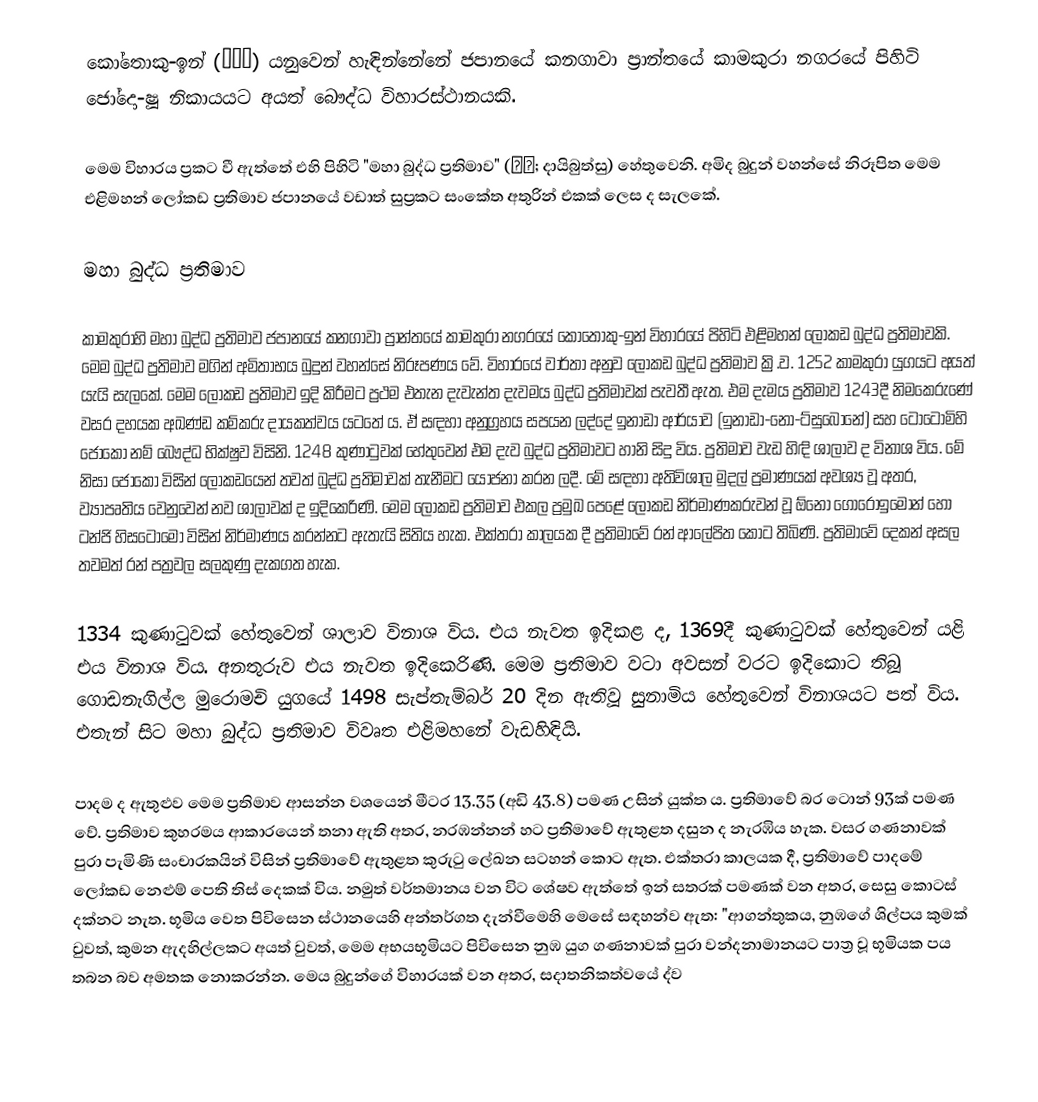
කෝතොකු-ඉන් (高徳院) යනුවෙන් හැඳින්නේනේ ජපානයේ කනගාවා ප්‍රාන්තයේ කාමකුරා නගරයේ පිහිටි ජෝදො-ෂූ නිකායයට අයත් බෞද්ධ විහාරස්ථානයකි.

මෙම විහාරය ප්‍රකට වී ඇත්තේ එහි පිහිටි "මහා බුද්ධ ප්‍රතිමාව" (大仏; දායිබුත්සු) හේතුවෙනි. අමිද බුදුන් වහන්සේ නිරූපිත මෙම එළිමහන් ලෝකඩ ප්‍රතිමාව ජපානයේ වඩාත් සුප්‍රකට සංකේත අතුරින් එකක් ලෙස ද සැලකේ.

මහා බුද්ධ ප්‍රතිමාව

කාමකුරාහි මහා බුද්ධ ප්‍රතිමාව ජපානයේ කනගාවා ප්‍රාන්තයේ කාමකුරා නගරයේ කෝතොකු-ඉන් විහාරයේ පිහිටි එළිමහන් ලෝකඩ බුද්ධ ප්‍රතිමාවකි. මෙම බුද්ධ ප්‍රතිමාව මගින් අමිතාභය බුදුන් වහන්සේ නිරූපණය වේ. විහාරයේ වාර්තා අනුව ලෝකඩ බුද්ධ ප්‍රතිමාව ක්‍රි.ව. 1252 කාමකුරා යුගයට අයත් යැයි සැලකේ. මෙම ලෝකඩ ප්‍රතිමාව ඉදි කිරීමට ප්‍රථම එතැන දැවැන්ත දැවමය බුද්ධ ප්‍රතිමාවක් පැවතී ඇත. එම දැමය ප්‍රතිමාව 1243දී නිමකෙරුණේ වසර දහයක අඛණ්ඩ කම්කරු දායකත්වය යටතේ ය. ඒ සඳහා අනුග්‍රහය සපයන ලද්දේ ඉනාඩා ආර්යාව (ඉනාඩා-නෝ-ට්සුබොනේ) සහ ටෝටෝමිහි ජෝකෝ නම් බෞද්ධ භික්ෂුව විසිනි. 1248 කුණාටුවක් හේතුවෙන් එම දැව බුද්ධ ප්‍රතිමාවට හානි සිදු විය. ප්‍රතිමාව වැඩ හිඳි ශාලාව ද විනාශ විය. මේ නිසා ජෝකෝ විසින් ලෝකඩයෙන් තවත් බුද්ධ ප්‍රතිමාවක් තැනීමට යෝජනා කරන ලදී. මේ සඳහා අතිවිශාල මුදල් ප්‍රමාණයක් අවශ්‍ය වූ අතර, ව්‍යාපෘතිය වෙනුවෙන් නව ශාලාවක් ද ඉදිකෙරිණි. මෙම ලෝකඩ ප්‍රතිමාව එකල ප්‍රමුඛ පෙ‍ළේ ලෝකඩ නිර්මාණකරුවන් වූ ඕනො ගොරෝඉමොන් හෝ ටන්ජි හිසටොමෝ විසින් නිර්මාණය කරන්නට ඇතැයි සිතිය හැක. එක්තරා කාලයක දී ප්‍රතිමාවේ රන් ආලේපිත කොට තිබිණි. ප්‍රතිමාවේ දෙකන් අසල තවමත් රන් පත්‍රවල සලකුණු දැකගත හැක.

1334 කුණාටුවක් හේතුවෙන් ශාලාව විනාශ විය. එය නැවත ඉදිකළ ද, 1369දී කුණාටුවක් හේතුවෙන් යළි එය විනාශ විය. අනතුරුව එය නැවත ඉදිකෙරිණි. මෙම ප්‍රතිමාව වටා අවසන් වරට ඉදිකොට තිබූ ගොඩනැගිල්ල මුරොමචි යුගයේ 1498 සැප්තැම්බර් 20 දින ඇතිවූ සුනාමිය හේතුවෙන් විනාශයට පත් විය. එතැන් සිට මහා බුද්ධ ප්‍රතිමාව විවෘත එළිමහනේ වැඩහිඳියි.

පාදම ද ඇතුළුව මෙම ප්‍රතිමාව ආසන්න වශයෙන් මීටර 13.35 (අඩි 43.8) පමණ උසින් යුක්ත ය. ප්‍රතිමාවේ බර ටොන් 93ක් පමණ වේ. ප්‍රතිමාව කුහරමය ආකාරයෙන් තනා ඇති අතර, නරඹන්නන් හට ප්‍රතිමාවේ ඇතුළත දසුන ද නැරඹිය හැක. වසර ගණනාවක් පුරා පැමිණි සංචාරකයින් විසින් ප්‍රතිමාවේ ඇතුළත කුරුටු ලේඛන සටහන් කොට ඇත. එක්තරා කාලයක දී, ප්‍රතිමාවේ පාදමේ ලෝකඩ නෙළුම් පෙති තිස් දෙකක් විය. නමුත් වර්තමානය වන විට ශේෂව ඇත්තේ ඉන් සතරක් පමණක් වන අතර, සෙසු කොටස් දක්නට නැත. භූමිය වෙත පිවිසෙන ස්ථානයෙහි අන්තර්ගත දැන්වීමෙහි මෙසේ සඳහන්ව ඇත: "ආගන්තුකය, නුඹගේ ශිල්පය කුමක් වුවත්, කුමන ඇදහිල්ලකට අයත් වුවත්, මෙම අභයභූමියට පිවිසෙන නුඹ යුග ගණනාවක් පුරා වන්දනාමානයට පාත්‍ර වූ භූමියක පය තබන බව අමතක නොකරන්න. මෙය බුදුන්ගේ විහාරයක් වන අතර, සදාතනිකත්වයේ ද්ව